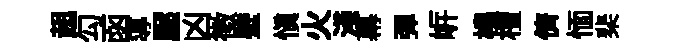
趄勾函導壓凶徴壁慎火淺幕彈㟁橈檀儕愐棐